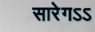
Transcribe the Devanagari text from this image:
सारेगऽऽ